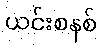
ယင်းစနစ်